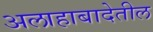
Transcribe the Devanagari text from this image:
अलाहाबादेतील